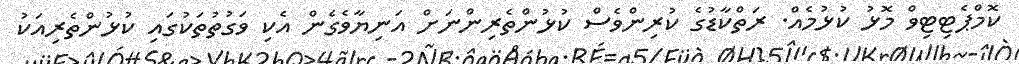
ކޮމްޕެޓިޓިވް މޮޅު ކުޅުމެއް. ރަތްކާޑުގެ ކުރިންވެސް ކުޅުންތެރިންނަށް އަނިޔާވެގެން އެކި ވަގުތުތަކުގައި ކުޅުންތެރިއަކު